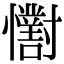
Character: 𢥓